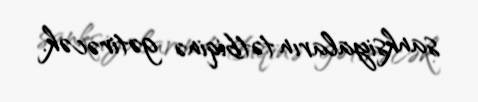
sanksiyaların tətbiqinə gətirəcək.